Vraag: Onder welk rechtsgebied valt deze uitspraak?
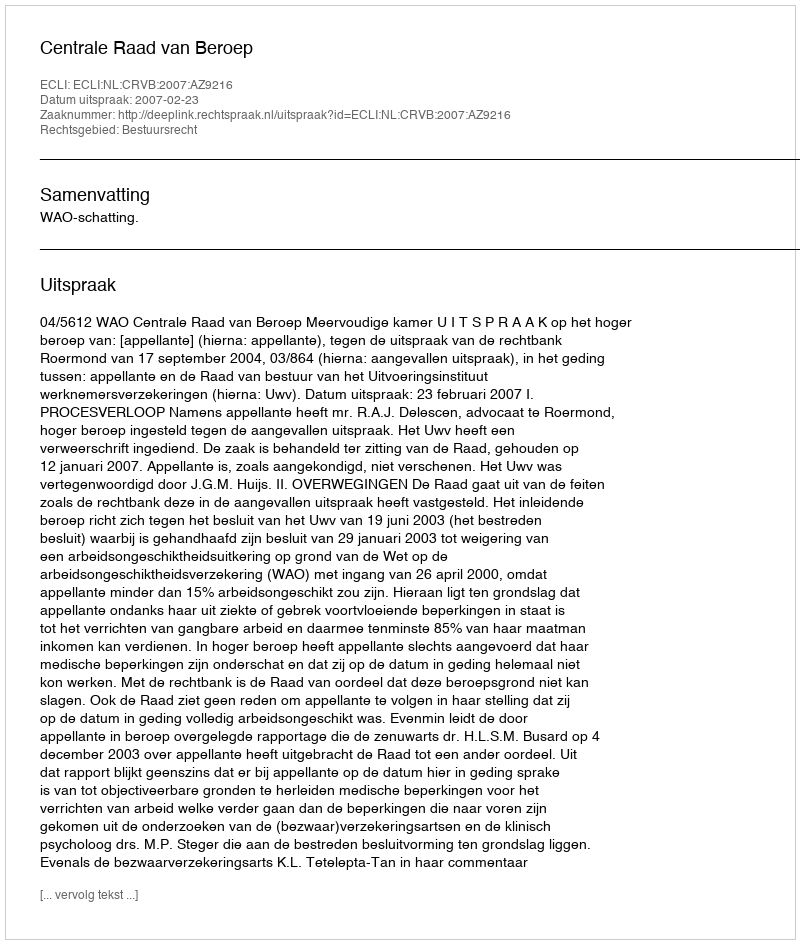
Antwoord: Bestuursrecht